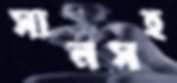
সানসহ